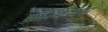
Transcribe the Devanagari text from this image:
सॉल्टिउक्स